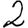
Digit: 2